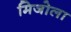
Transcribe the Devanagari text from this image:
मिजोला